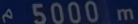
5000m